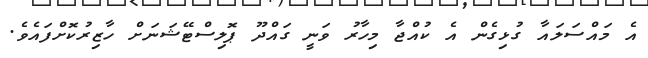
އެ މައްސަލައާ ގުޅިގެން އެ ކުއްޖާ މިހާރު ވަނީ ގައްދޫ ޕޮލިސްޓޭޝަނަށް ހާޒިރުކޮށްފައެވެ.